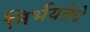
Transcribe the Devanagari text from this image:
निर्भयतेचे